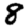
Digit: 8